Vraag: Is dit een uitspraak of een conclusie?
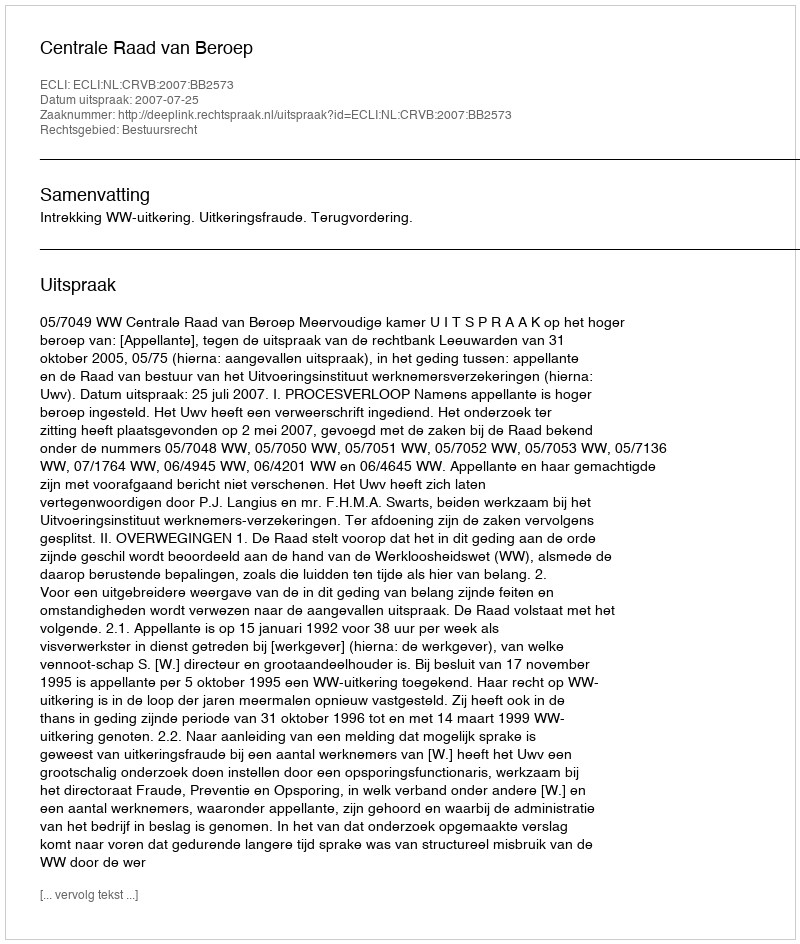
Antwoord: Uitspraak